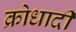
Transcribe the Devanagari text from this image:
क्रोधादी